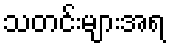
သတင်းများအရ